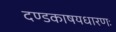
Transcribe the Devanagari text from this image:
दण्डकाषयधारणः